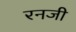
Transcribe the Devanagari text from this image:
रनजी